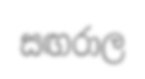
සඟරාල